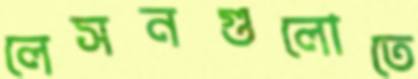
লেসনগুলোতে